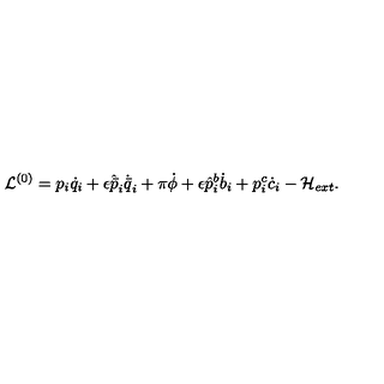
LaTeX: \mathcal { L } ^ { ( 0 ) } = p _ { i } \dot { q } _ { i } + \epsilon \hat { \bar { p } } _ { i } \dot { \bar { q } } _ { i } + \pi \dot { \phi } + \epsilon \hat { p } _ { i } ^ { b } \dot { b } _ { i } + p _ { i } ^ { c } \dot { c } _ { i } - \mathcal { H } _ { e x t } .